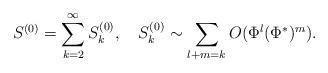
LaTeX: \begin{align*}S^{(0)}=\sum_{k=2}^\infty S^{(0)}_k,\quad S^{(0)}_k\sim\sum_{l+m=k}O(\Phi^l(\Phi^*)^m).\end{align*}